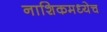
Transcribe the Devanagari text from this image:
नाशिकमध्येच